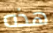
هذه